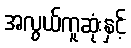
အလွယ်ကူဆုံးနှင့်